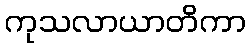
ကုသလာယာတိကာ